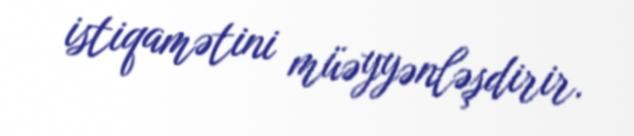
istiqamətini müəyyənləşdirir.